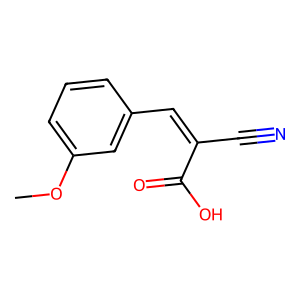
SMILES: COc1cccc(C=C(C#N)C(=O)O)c1
Inhibits HIV replication: No